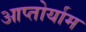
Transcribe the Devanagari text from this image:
आप्‍तोर्याम